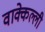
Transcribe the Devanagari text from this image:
वाक्केल्ली